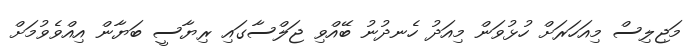
މަޖިލިސް މިއަހަރަށް ހުޅުވަން މިއަދު ހެނދުނު ބޭއްވި ޖަލްސާގައި ރިޔާސީ ބަޔާން އިއްވެވުމަށް